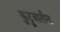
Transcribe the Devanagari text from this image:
कुटुबातील